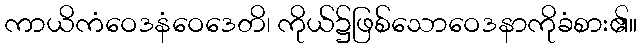
ကာယိကံဝေဒနံဝေဒေတိ၊ ကိုယ်၌ဖြစ်သောဝေဒနာကိုခံစား၏။